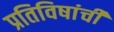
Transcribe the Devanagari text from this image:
प्रतिविषांची